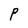
Character: P